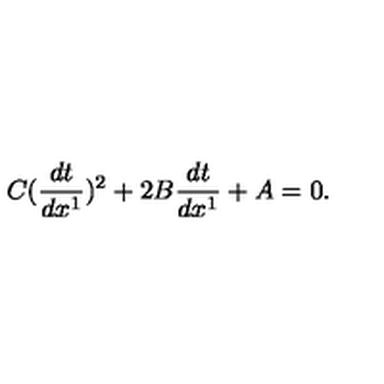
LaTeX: C ( \frac { d t } { d x ^ { 1 } } ) ^ { 2 } + 2 B \frac { d t } { d x ^ { 1 } } + A = 0 .